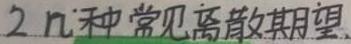
$2n$种常见离散期望.